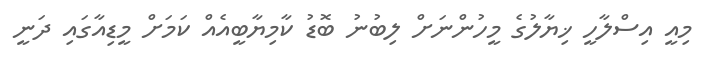
މިއީ އިސްލާހީ ޚިޔާލުގެ މީހުންނަށް ލިބުނު ބޮޑު ކާމިޔާބީއެއް ކަމަށް މީޑިއާގައި ދަނީ